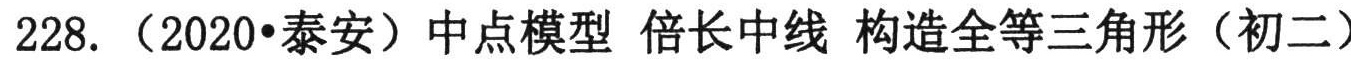
228. （2020•泰安）中点模型 倍长中线 构造全等三角形（初二）